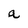
Character: a